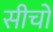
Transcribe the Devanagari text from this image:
सीचो